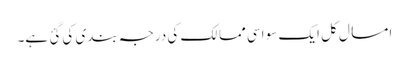
امسال کل ایک سو اسی ممالک کی درجہ بندی کی گئ ہے۔